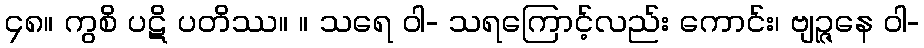
၄၈။ ကွစိ ပဋိ ပတိဿ။ ။ သရေ ဝါ- သရကြောင့်လည်း ကောင်း၊ ဗျဉ္ဇနေ ဝါ-